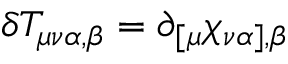
\delta T _ { \mu \nu \alpha , \beta } = \partial _ { [ \mu } \chi _ { \nu \alpha ] , \beta }